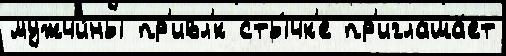
мужчи́ны пр'ивл'́к сты́чк'е пр'иглаша́ет